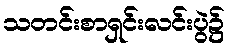
သတင်းစာရှင်းလင်းပွဲ၌